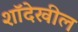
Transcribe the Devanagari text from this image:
शॉदेखील